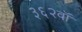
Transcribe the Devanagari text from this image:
३६२वॉ